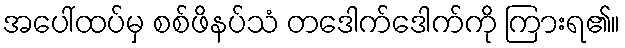
အပေါ်ထပ်မှ စစ်ဖိနပ်သံ တဒေါက်ဒေါက်ကို ကြားရ၏။